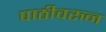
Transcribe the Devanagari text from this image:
पाठीवरुन